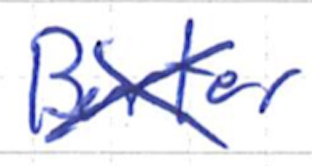
Text: Barter
Cross-out: cross
Writing tool: ballpoint